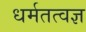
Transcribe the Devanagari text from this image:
धर्मतत्वज्ञ